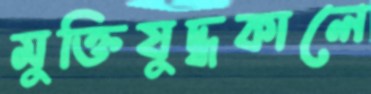
মুক্তিযুদ্ধকালে